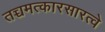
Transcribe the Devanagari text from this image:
तच्चमत्कारसारत्वे